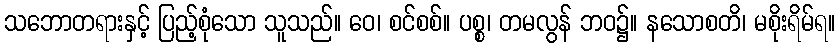
သဘောတရားနှင့် ပြည့်စုံသော သူသည်။ ဝေ၊ စင်စစ်။ ပစ္စ၊ တမလွန် ဘဝ၌။ နသောစတိ၊ မစိုးရိမ်ရ။